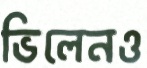
ভিলেনও